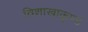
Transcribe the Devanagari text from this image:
विशाखाकुण्ड